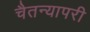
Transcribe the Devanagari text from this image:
चैतन्यापरी